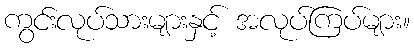
ကွင်းလုပ်သားများနှင့် အလုပ်ကြပ်များ။